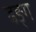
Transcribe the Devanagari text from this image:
ढङ्ग